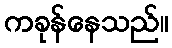
ကခုန်နေသည်။